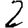
Digit: 2